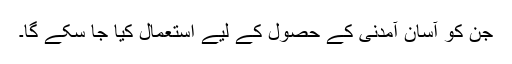
جن کو آسان آمدنی کے حصول کے لیے استعمال کیا جا سکے گا۔